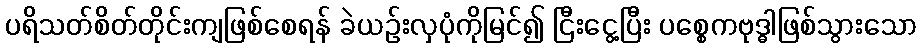
ပရိသတ်စိတ်တိုင်းကျဖြစ်စေရန် ခဲယဉ်းလှပုံကိုမြင်၍ ငြီးငွေ့ပြီး ပစ္စေကဗုဒ္ဓါဖြစ်သွားသော